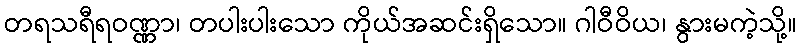
တရသရီရဝဏ္ဏာ၊ တပါးပါးသော ကိုယ်အဆင်းရှိသော။ ဂါဝီဝိယ၊ နွားမကဲ့သို့။